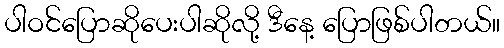
ပါဝင်ပြောဆိုပေးပါဆိုလို့ ဒီနေ့ ပြောဖြစ်ပါတယ်။